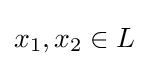
x_{1},x_{2}\in L